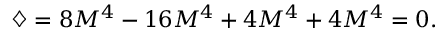
\diamondsuit = 8 M ^ { 4 } - 1 6 M ^ { 4 } + 4 M ^ { 4 } + 4 M ^ { 4 } = 0 .